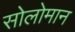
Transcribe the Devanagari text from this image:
सोलोमान